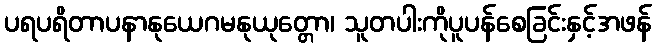
ပရပရိတာပနာနုယေဂမနုယုတ္တော၊ သူတပါးကိုပူပန်စေခြင်းနှင့်အဖန်